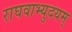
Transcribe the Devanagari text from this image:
राघवाभ्युदयम्